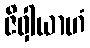
ဇိဝှါယာဟံ